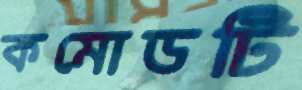
কমোডটি